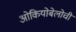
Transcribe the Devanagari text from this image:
ओकियोबेलोची